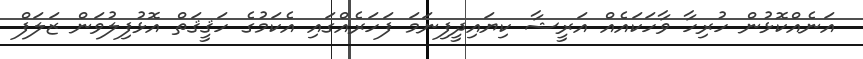
އަނެއްކޮޅުން ހުރިހާ ވާހަކައެއް އަރީޝާ ކިޔައިދީފިނަމަ ފަހަރެއްގައި އެކަމުގެ ހަޤީޤަތް އޮޅުފިލުވަން ޒަލަފް